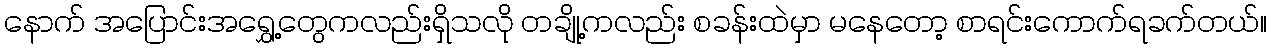
နောက် အပြောင်းအရွှေ့တွေကလည်းရှိသလို တချို့ကလည်း စခန်းထဲမှာ မနေတော့ စာရင်းကောက်ရခက်တယ်။